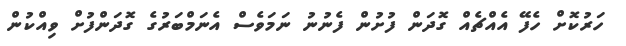
ހަރުކޮށް ހެފޭ އެއްޗެއް ގޮދަން ފުށުން ފެނުނު ނަމަވެސް އެނަމްބަރުގެ ގޮދަންފުށް ވިއްކުން